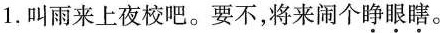
1.叫雨来上夜校吧。要不，将来闹个\underset{·}{睁}\underset{·}{眼}\underset{·}{瞎}。